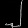
Digit: ၂